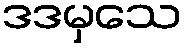
ဒဒမှသေ